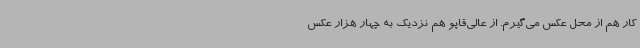
کار هم از محل عکس می‌گیرم. از عالی‌قاپو هم نزدیک به چهار هزار عکس